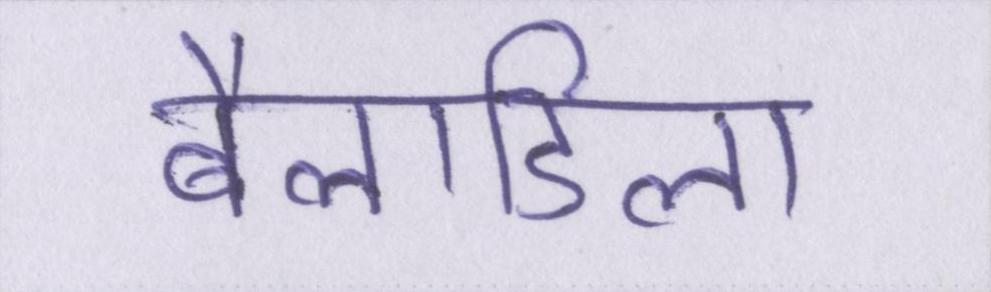
बैलाडिला